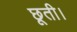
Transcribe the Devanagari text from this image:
छूती।